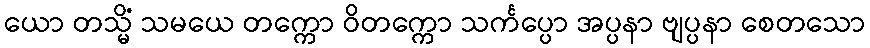
ယော တသ္မိံ သမယေ တက္ကော ဝိတက္ကော သင်္ကပ္ပော အပ္ပနာ ဗျပ္ပနာ စေတသော